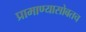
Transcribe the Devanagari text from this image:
प्रामाण्यासोबतच